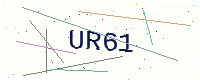
Text: UR61